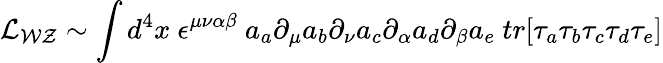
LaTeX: {\cal{L}_{WZ}}\sim\int d^{4}x~\epsilon^{\mu\nu\alpha\beta}~a_{a}\partial_{\mu}a_{b}\partial_{\nu}a_{c}\partial_{\alpha}a_{d}\partial_{\beta}a_{e}~tr[\tau_{a}\tau_{b}\tau_{c}\tau_{d}\tau_{e}]